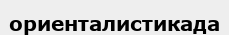
ориенталистикада